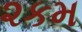
૨કમ